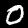
Digit: 0